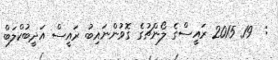
:  19